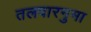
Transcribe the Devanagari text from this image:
तलवारनुमा